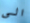
الى